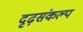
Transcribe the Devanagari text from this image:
दृढ़संकल्प